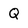
Character: Q